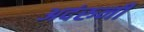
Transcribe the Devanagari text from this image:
अदंरुनी